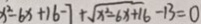
x ^ { 2 } - 6 x + 1 6 - 7 + \sqrt { x ^ { 2 } - 6 x + 1 6 } - 1 3 = 0